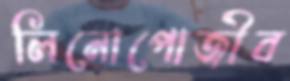
লিনোপোজীব